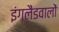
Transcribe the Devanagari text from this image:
इंगलैंडवालों